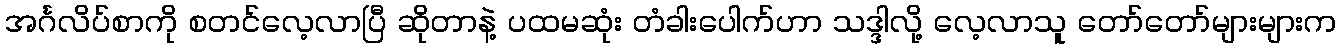
အင်္ဂလိပ်စာကို စတင်လေ့လာပြီ ဆိုတာနဲ့ ပထမဆုံး တံခါးပေါက်ဟာ သဒ္ဒါလို့ လေ့လာသူ တော်တော်များများက